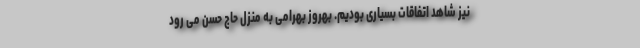
نیز شاهد اتفاقات بسیاری بودیم. بهروز بهرامی به منزل حاج حسن می رود